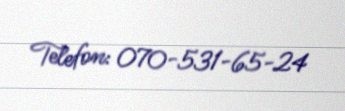
Telefon: 070-531-65-24